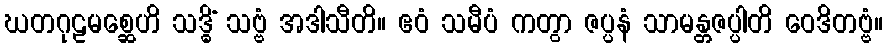
ဃတဂုဠမစ္ဆေဟိ သဒ္ဓိံ သဗ္ဗံ အဒါသီတိ။ ဧဝံ သမီပံ ကတွာ ဇပ္ပနံ သာမန္တဇပ္ပါတိ ဝေဒိတဗ္ဗံ။